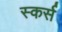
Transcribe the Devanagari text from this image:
स्कर्स